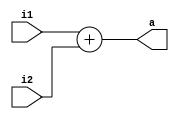
`timescale 1ps/1ps
module Adder (
    i1,
    i2,
    a
);
    parameter size = 5;

    input [size-1:0]i1;
    input [size-1:0]i2;

    output [size:0]a;

    assign a = i1 + i2;

endmodule